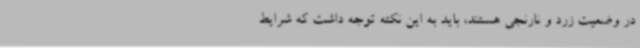
در وضعیت زرد و نارنجی هستند، باید به این نکته توجه داشت که شرایط